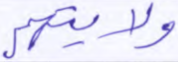
ولايتهم